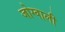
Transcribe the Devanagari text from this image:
जोग्वाली